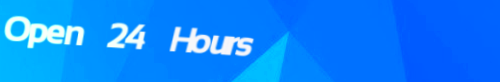
Open 24 Hours